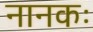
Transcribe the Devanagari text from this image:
नानकः